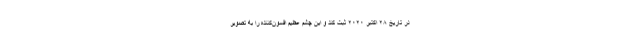
در تاریخ ۲۸ اکتبر ۲۰۲۰ ثبت کند و این چشم عظیمِ افسون‌کننده را به تصویر